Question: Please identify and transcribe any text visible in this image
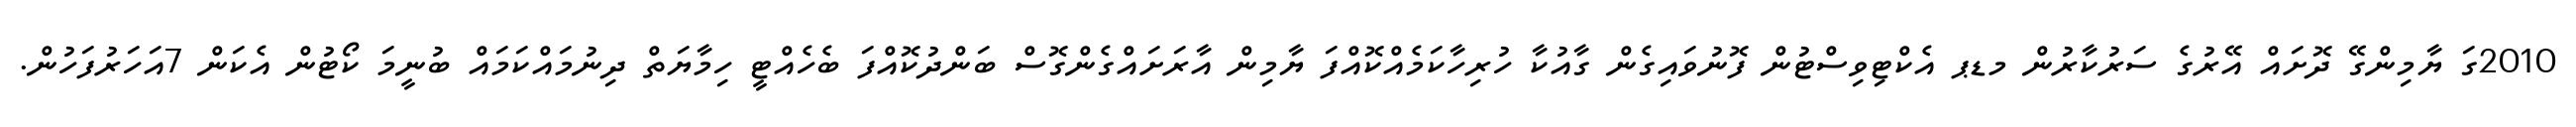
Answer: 2010ގަ ޔާމިންގޭ ދޮށައް އޭރުގެ ސަރުކާރުން މޑޕ އެކްޓިވިސްޓުން ފޮނުވައިގެން ގާއުކާ ހުރިހާކަމެއްކޮއްފަ ޔާމިން އާރަށައްގެންގޮސް ބަންދުކޮއްފަ ބެހެއްޓީ ހިމާޔަތް ދިނުމައްކަމައް ބުނީމަ ކޯޓުން އެކަން 7އަހަރުފަހުން.